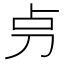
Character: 𠛤